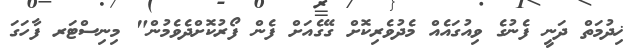
ޚިދުމަތް ދަނީ ފެނުގެ ވިއުގައެއް މެދުވެރިކޮށް ގޭގެއަށް ފެން ފޯރުކޮށްދެވެމުން" މިނިސްޓަރ ފާހަގަ